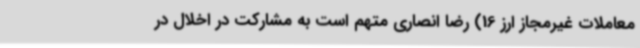
معاملات غیرمجاز ارز 16) رضا انصاری متهم است به مشارکت در اخلال در